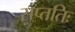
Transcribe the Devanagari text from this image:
सप्ततिः